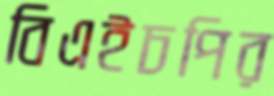
বিএইচপির